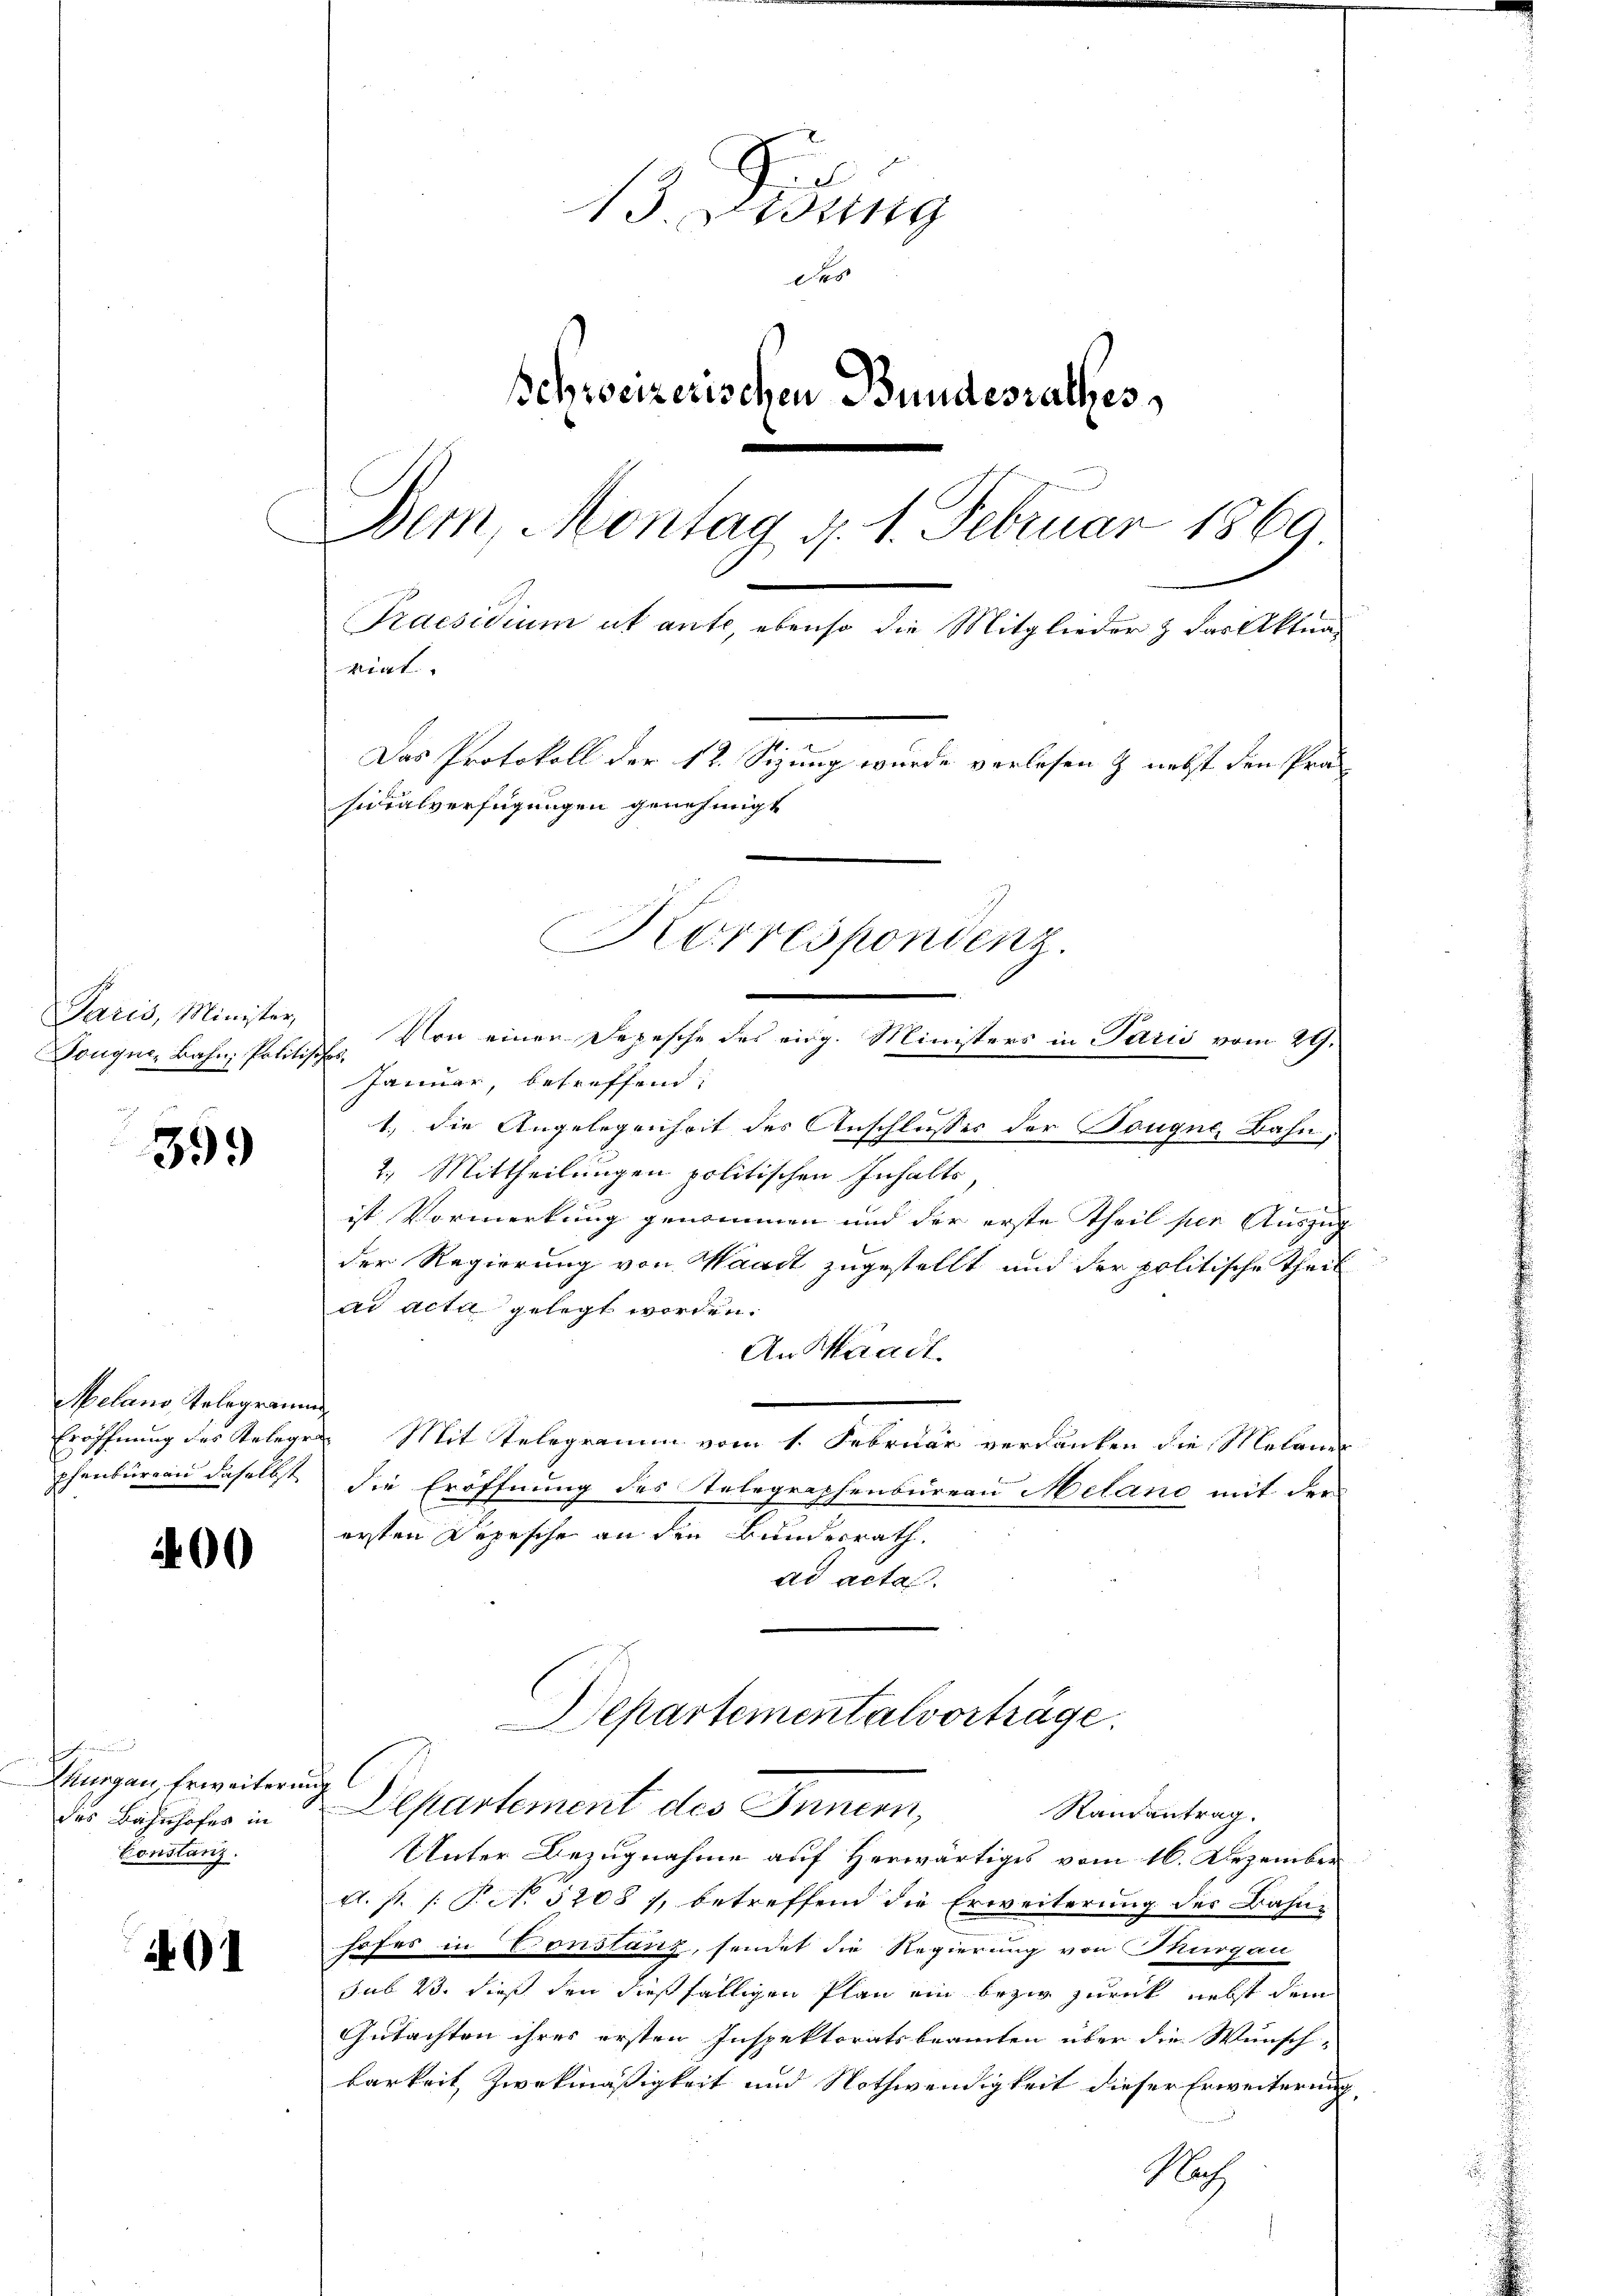
Paris, Minister,
Tongue, Bahn, Politisches.

399

Melano, Telegramm
Eröffnung des Teleg
phenbureau daselbst

200

Zuurgau, Erweiter
des Bahnhofes in
Constanz.

91

13. Jung
d
schweizerischen Bundesrathes
Dem Montag d. 1. Februar 1869
Praesidium ut ante, ebenso die Mitglieder & das Aktuarigt.
s
Das Protokoll der 12. Sizung wurde verlesen & nebst den Präsidialverfügungen genehmigt
Korrespondenz.
Von einen Depesche des eidg. Ministers in Paris vom 29.

Januar, betreffend:

1.) Die Angelegenheit des Anschlußes der Touque, Bahn,
2.) Mittheilungen politischen Inhalte
ist Vormerkung genommen und der erste Theil für Auszug
der Regierung von Waadt zugestellt und der politische Theil
ad acta gelegt worden.
An Waadt.
ach
 Mit Telegramm vom 1. Februar verdanken die Melaner
die Eröffnung des Telegraphenbureau Melano mit der
ersten Depesche an den Bundesrath.
ad actas.
Departementalvorträge.
Departement des Innern,
Raurantrag.
Unter Bezugnahme auf Herwärtiges vom 16. Dezember
A. P. /: P. No 52081, betreffend die Erweiterung des Bahnhofes in Constanz, sendet die Regierung von Thurgau
sub 23. dieß den dießfälligen Plan ein bezir zurück nebst dem
Gutachten ihres ersten Inspektoratsbeamten über die Wunsch-
barkeit Zwekmässigkeit und Nothwendigkeit dieser Erweiterung,
Nah